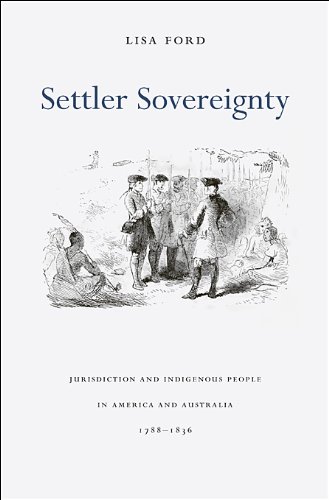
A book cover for Settler Sovereignty: Jurisdiction and Indigenous People in America and Australia, 1788-1836 (Harvard Historical Studies); Lisa Ford; Law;